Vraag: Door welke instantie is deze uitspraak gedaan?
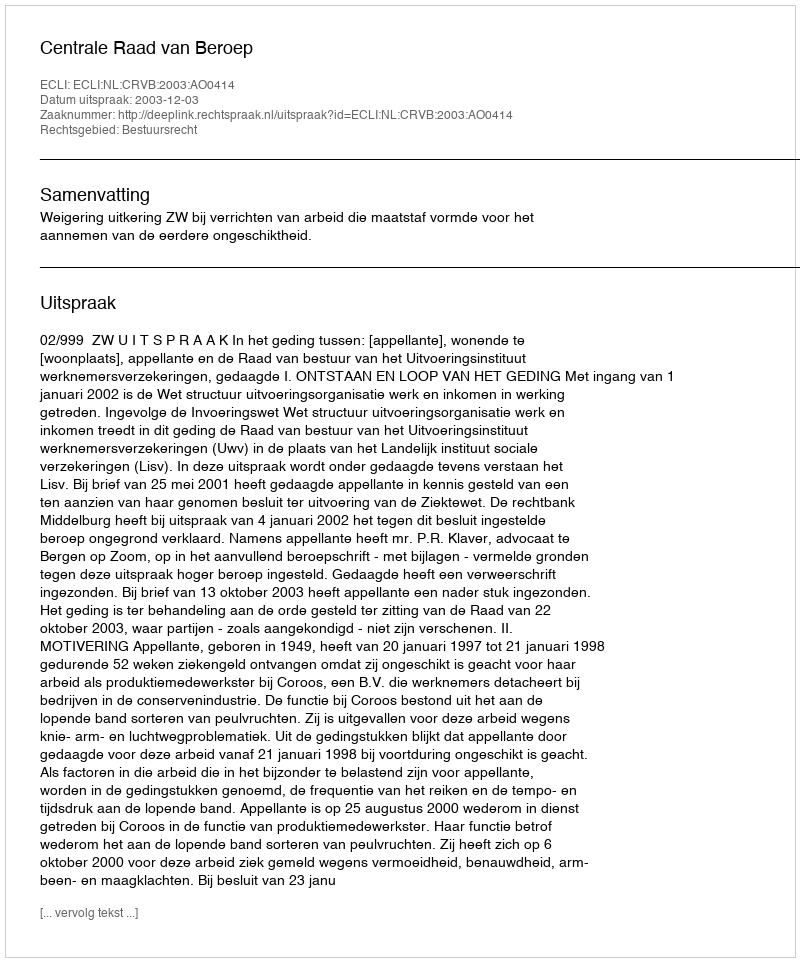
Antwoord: Centrale Raad van Beroep